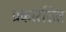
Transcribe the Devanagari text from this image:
प्रकारशित